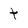
Character: t